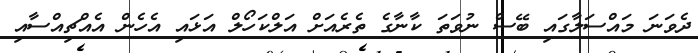
ދެވަނަ މައްސަލާގައި ބޭސް ނުވަތަ ކާނާގެ ތެރެއަށް އަލްކަހޯލް އަޅައި އެހެން އެއްޗިއްސާއި